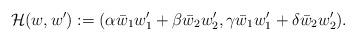
LaTeX: \begin{align*}{\mathcal H}(w,w'):=(\alpha\bar w_1w_1'+\beta\bar w_2w_2', \gamma\bar w_1w_1'+\delta\bar w_2w_2').\end{align*}